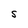
Character: S